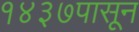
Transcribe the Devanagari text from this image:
१४३७पासून